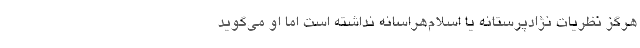
هرگز نظریات نژادپرستانه یا اسلام‌هراسانه نداشته است اما او می‌گوید